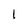
Character: 1